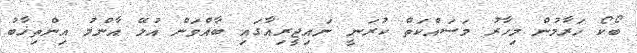
ބޯކޯ ހަރާމުން މިހާރު މަސައްކަތް ކުރަނީ ނައިޖީރިއާގައި ބާއްވަން އުޅޭ އާންމު އިންތިޚާބު